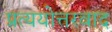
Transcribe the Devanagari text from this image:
प्रत्ययोत्तरवाद